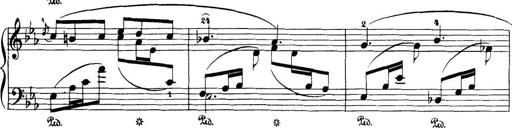
Title: 32 Sonatinas and Rondos for the Piano
Composer: Richard Kleinmichel